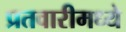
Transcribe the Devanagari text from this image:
प्रतवारीमध्ये